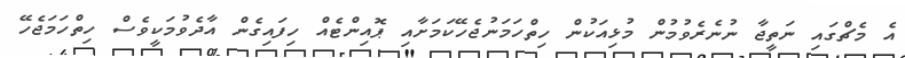
އެ މެޗްގައި ނަތީޖާ ނުނެރެވުމުން މުޅިއަކުން ހިތްހަމަނުޖެހޭކަމަށާއި ޕޮއިންޓެއް ހިފައިގެން އާދެވުމަކީވެސް ހިތްހަމަޖެހޭ